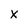
Character: x